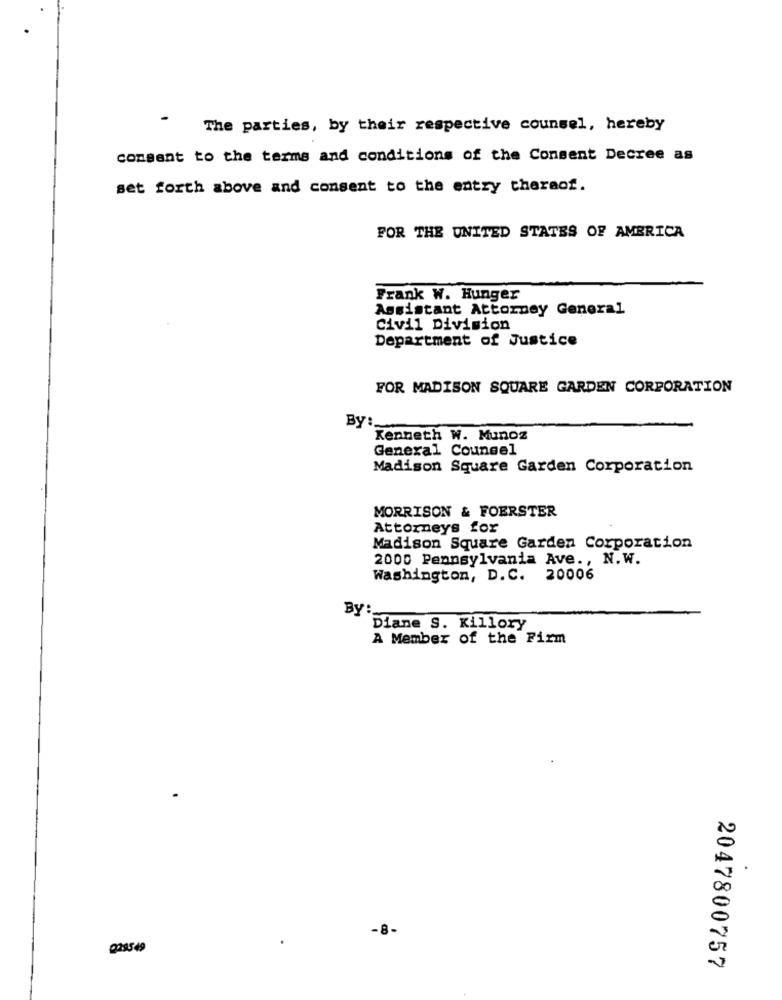
-
The parties, by their respective counsel, hereby
comsent to the terms and conditions of the Consent Decree as
set forth above and consent to the entry thereof.
FOR THE UNITED STATES OF AMERICA
Frank W. Hunger
Assistant Attorney General
Civil Division
Department of Justice
FOR MADISON SQUARE GARDEN CORPORATION
By:
Kenneth W. Munoz
General Counsel
Madison Square Garden Corporation
MORRISON & FOERSTER
Attorneys for
Madison Square Garden Corporation
2000 Pennsylvania Ave ., N.W.
Washington, D.C. 20006
BY:
Diane S. Killory
A Member of the Firm
.
-8-
0285 49
2047800757